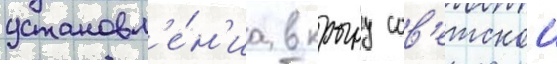
установл'е́н'иа в крыму сов'етскои